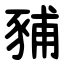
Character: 豧